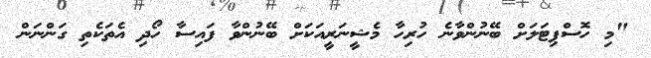
"މި ހޮސްޕިޓަލަށް ބޭނުންވާނެ ހުރިހާ މެޝީނަރީއަކަށް ބޭނުންވާ ފައިސާ ހޯދި އެތަކެތި ގަންނަން